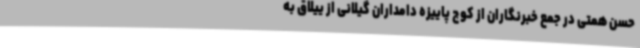
حسن همتی در جمع خبرنگاران از کوچ پاییزه دامداران گیلانی از ییلاق به